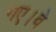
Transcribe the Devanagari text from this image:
गए।वे